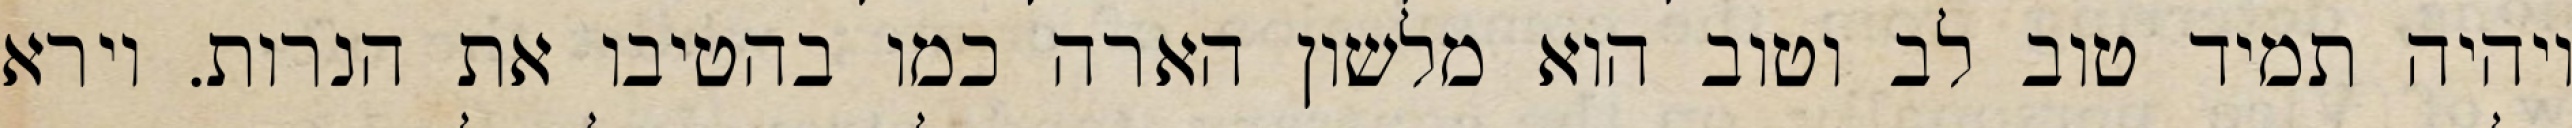
ויהיה תמיד טוב לב וטוב הוא מלשון הארה כמו בהטיבו את הנרות. וירא